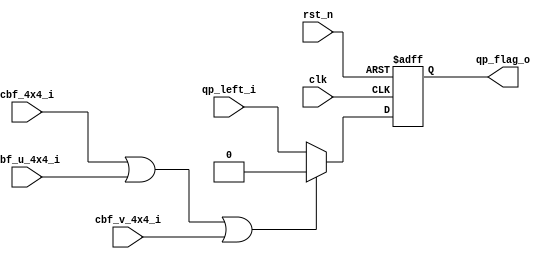
module db_qp(
				clk					,
				rst_n				,
				cbf_4x4_i			,
				cbf_u_4x4_i			,
				cbf_v_4x4_i			,
				qp_left_i			,
				qp_flag_o		
);
input 				clk						;
input				rst_n					;
input				cbf_4x4_i			    ;
input				cbf_u_4x4_i			    ;
input				cbf_v_4x4_i			    ;
input               qp_left_i				;
output				qp_flag_o				;
reg   			 	qp_flag_o				; 
wire  modified_flag   = !(cbf_4x4_i  ||cbf_u_4x4_i  ||cbf_v_4x4_i  );
always@(posedge clk or negedge rst_n) begin
	if(!rst_n)
		qp_flag_o		<=	1'b0		;	
	else if(modified_flag)
		qp_flag_o		<=	qp_left_i	;
	else 
		qp_flag_o		<=	1'b0		;
end
endmodule